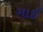
ગાઈ